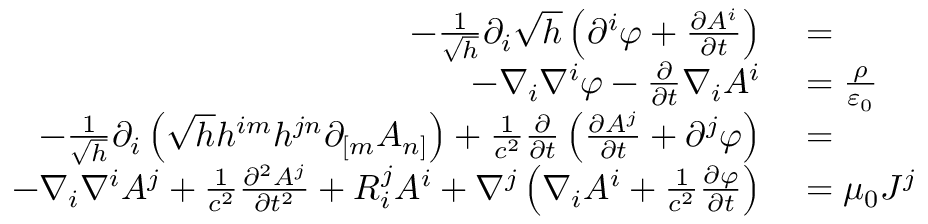
\begin{array} { r l } { - { \frac { 1 } { \sqrt { h } } } \partial _ { i } { \sqrt { h } } \left( \partial ^ { i } \varphi + { \frac { \partial A ^ { i } } { \partial t } } \right) } & { { } = } \\ { - \nabla _ { i } \nabla ^ { i } \varphi - { \frac { \partial } { \partial t } } \nabla _ { i } A ^ { i } } & { { } = { \frac { \rho } { \varepsilon _ { 0 } } } } \\ { - { \frac { 1 } { \sqrt { h } } } \partial _ { i } \left( { \sqrt { h } } h ^ { i m } h ^ { j n } \partial _ { [ m } A _ { n ] } \right) + { \frac { 1 } { c ^ { 2 } } } { \frac { \partial } { \partial t } } \left( { \frac { \partial A ^ { j } } { \partial t } } + \partial ^ { j } \varphi \right) } & { { } = } \\ { - \nabla _ { i } \nabla ^ { i } A ^ { j } + { \frac { 1 } { c ^ { 2 } } } { \frac { \partial ^ { 2 } A ^ { j } } { \partial t ^ { 2 } } } + R _ { i } ^ { j } A ^ { i } + \nabla ^ { j } \left( \nabla _ { i } A ^ { i } + { \frac { 1 } { c ^ { 2 } } } { \frac { \partial \varphi } { \partial t } } \right) } & { { } = \mu _ { 0 } J ^ { j } } \end{array}